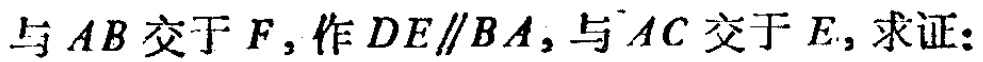
与 \(AB\) 交于 \(F\)，作 \(DE\parallel BA\)，与 \(AC\) 交于 \(E\)，求证：